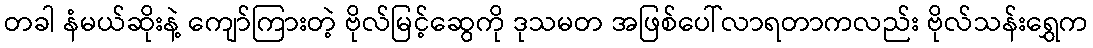
တခါ နံမယ်ဆိုးနဲ့ ကျော်ကြားတဲ့ ဗိုလ်မြင့်ဆွေကို ဒုသမတ အဖြစ်ပေါ်လာရတာကလည်း ဗိုလ်သန်းရွှေက